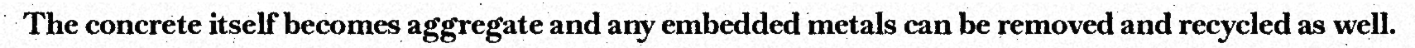
The concrete itself becomes aggregate and any embedded metals can be removed and recycled as well.